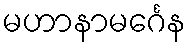
မဟာနာမင်္ဂေန